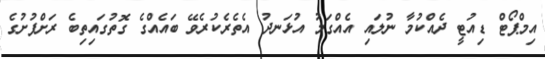
އިމްޕޯޓް ޑިއުޓީ ދެއްކުމާ ނުލައި އެއްގަމު އުޅަނދު އެތެރެކުރެވޭ ބައެއްގެ ގޮތުގައިތިބެ ރަށްފުށުގެ